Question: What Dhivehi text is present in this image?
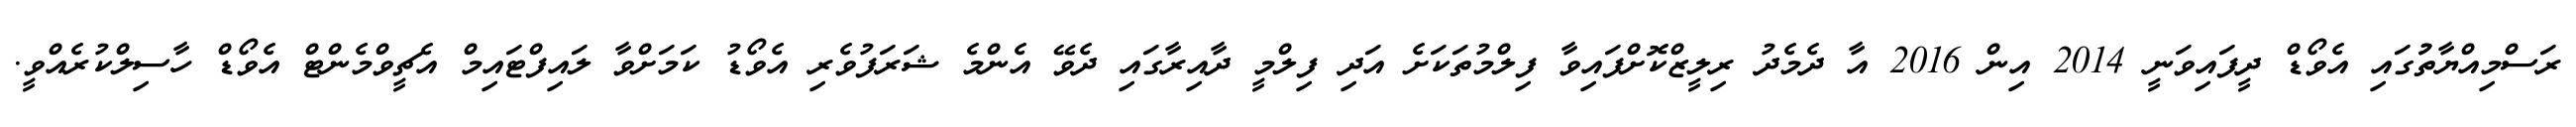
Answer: ރަސްމިއްޔާތުުގައި އެވޯޑް ދީފައިވަނީ 2014 އިން 2016 އާ ދެމެދު ރިލީޒްކޮށްފައިވާ ފިލްމުތަކަށެ އަދި ފިލްމީ ދާއިރާގައި ދެވޭ އެންމެ ޝަރަފުވެރި އެވޯޑު ކަމަށްވާ ލައިފްޓައިމް އެޗީވްމެންޓް އެވޯޑް ހާސިލްކުރެއްވީ.